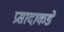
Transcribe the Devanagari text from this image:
प्रसादाकडे